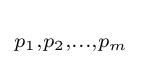
\scriptstyle p_{1},p_{2},...,p_{m}